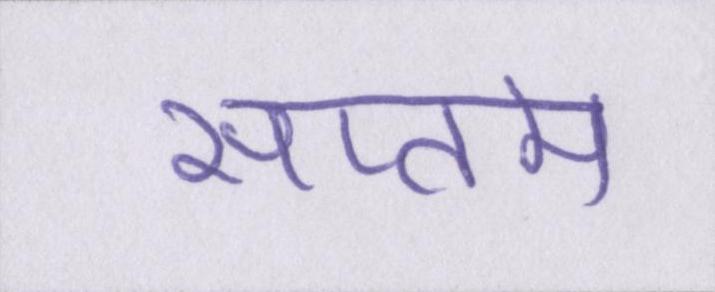
सप्तम